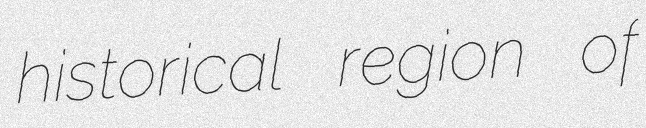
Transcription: historical region of